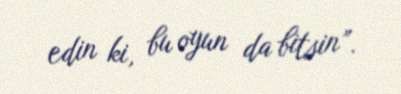
edin ki, bu oyun da bitsin”.